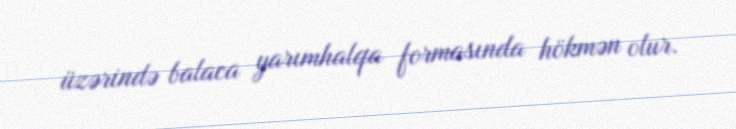
üzərində balaca yarımhalqa formasında hökmən olur.